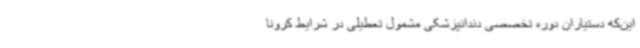
این‌که دستیاران دوره تخصصی دندانپزشکی مشمول تعطیلی در شرایط کرونا